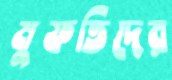
মুফতিদের